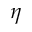
\eta